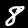
Label: 8